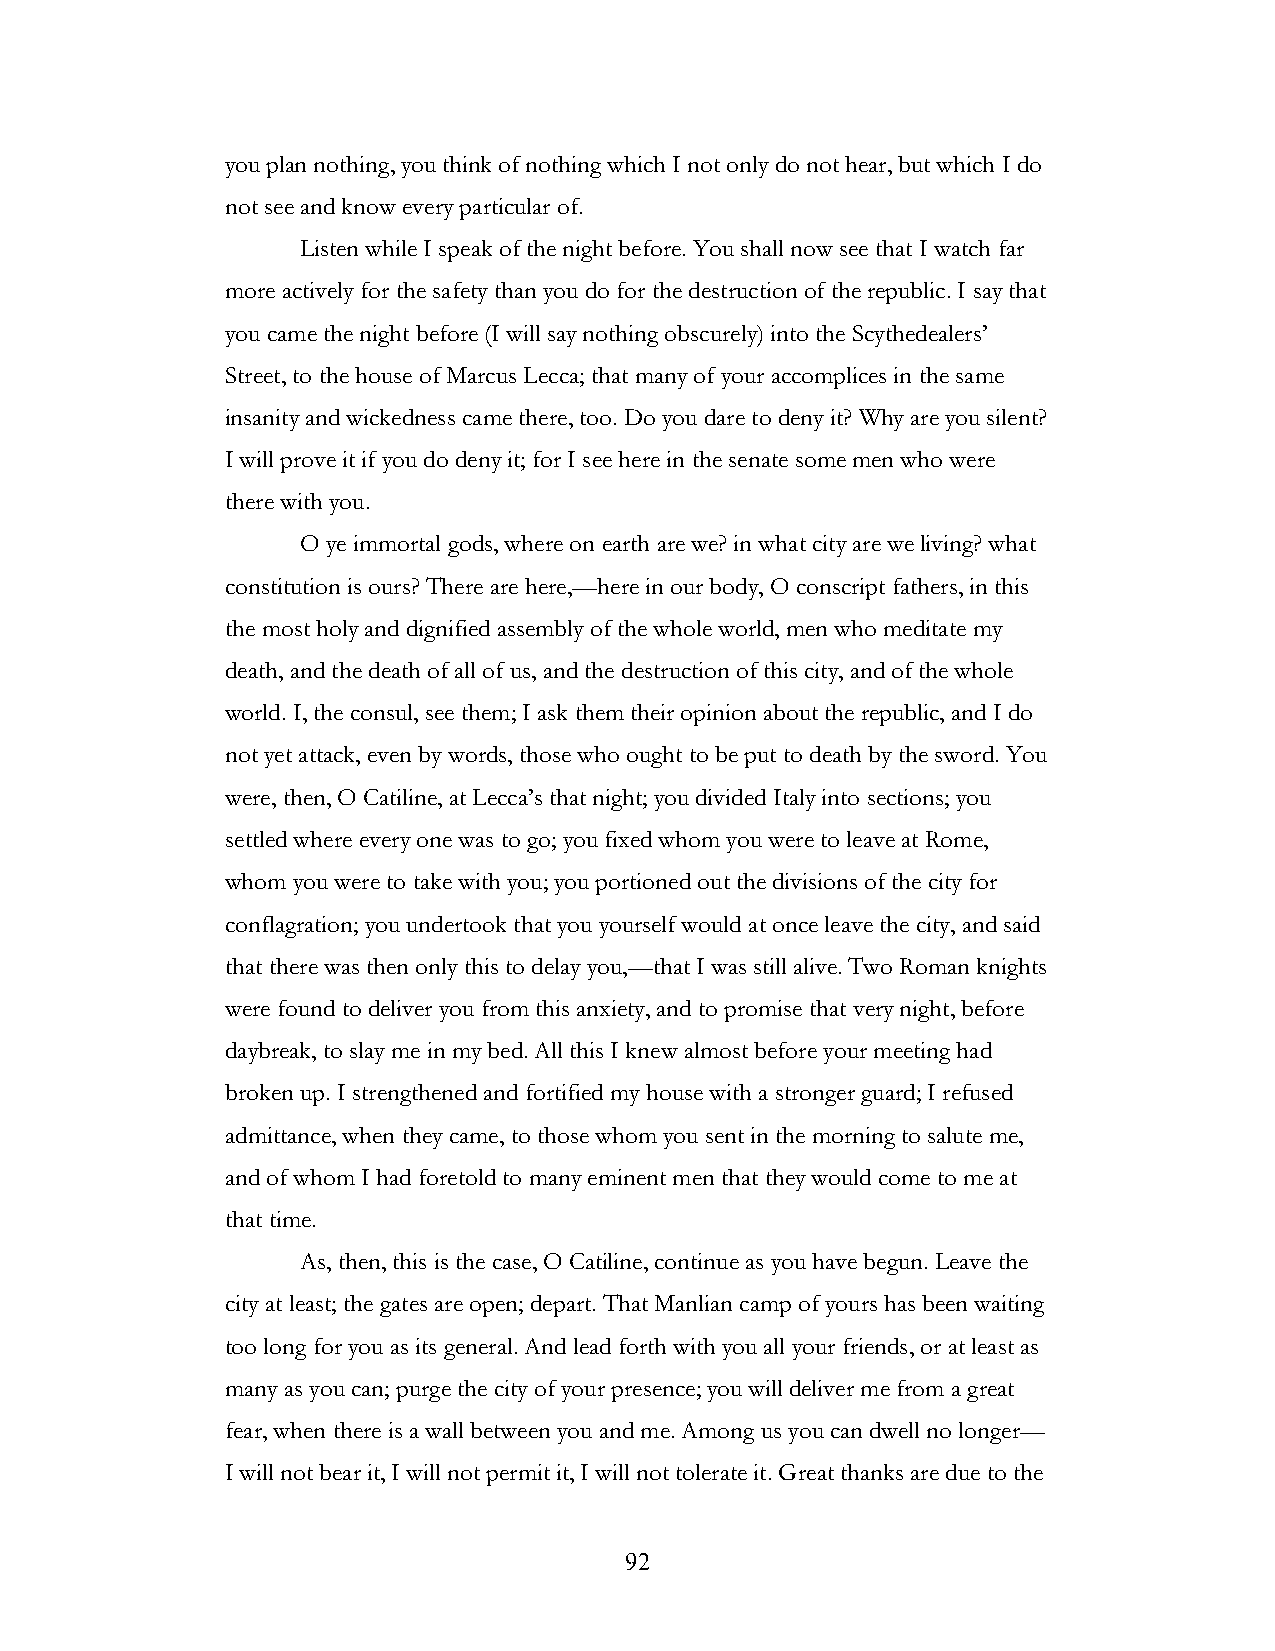
you plan nothing, you think of nothing which I not only do not hear, but which I do
 not see and know every particular of.
 Listen while I speak of the night before. You shall now see that I watch far
 more actively for the safety than you do for the destruction of the republic. I say that
 you came the night before (I will say nothing obscurely) into the Scythedealers’
 Street, to the house of Marcus Lecca; that many of your accomplices in the same
 insanity and wickedness came there, too. Do you dare to deny it? Why are you silent?
 I will prove it if you do deny it; for I see here in the senate some men who were
 there with you.
 O ye immortal gods, where on earth are we? in what city are we living? what
 constitution is ours? There are here,—here in our body, O conscript fathers, in this
 the most holy and dignified assembly of the whole world, men who meditate my
 death, and the death of all of us, and the destruction of this city, and of the whole
 world. I, the consul, see them; I ask them their opinion about the republic, and I do
 not yet attack, even by words, those who ought to be put to death by the sword. You
 were, then, O Catiline, at Lecca’s that night; you divided Italy into sections; you
 settled where every one was to go; you fixed whom you were to leave at Rome,
 whom you were to take with you; you portioned out the divisions of the city for
 conflagration; you undertook that you yourself would at once leave the city, and said
 that there was then only this to delay you,—that I was still alive. Two Roman knights
 were found to deliver you from this anxiety, and to promise that very night, before
 daybreak, to slay me in my bed. All this I knew almost before your meeting had
 broken up. I strengthened and fortified my house with a stronger guard; I refused
 admittance, when they came, to those whom you sent in the morning to salute me,
 and of whom I had foretold to many eminent men that they would come to me at
 that time.
 As, then, this is the case, O Catiline, continue as you have begun. Leave the
 city at least; the gates are open; depart. That Manlian camp of yours has been waiting
 too long for you as its general. And lead forth with you all your friends, or at least as
 many as you can; purge the city of your presence; you will deliver me from a great
 fear, when there is a wall between you and me. Among us you can dwell no longer—
 I will not bear it, I will not permit it, I will not tolerate it. Great thanks are due to the
 !                         92